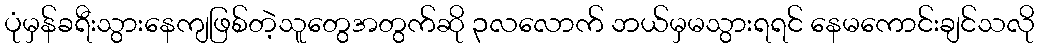
ပုံမှန်ခရီးသွားနေကျဖြစ်တဲ့သူတွေအတွက်ဆို ၃လလောက် ဘယ်မှမသွားရရင် နေမကောင်းချင်သလို